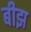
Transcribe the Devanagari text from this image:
बीझ